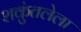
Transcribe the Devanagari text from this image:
शकुंतलेला